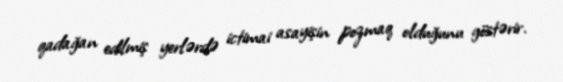
qadağan edilmiş yerlərdə ictimai asayişin pozmaq olduğunu göstərir.